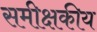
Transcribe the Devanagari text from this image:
समीक्षकीय